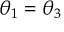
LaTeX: \theta _ { 1 } = \theta _ { 3 }